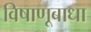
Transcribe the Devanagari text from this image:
विषाणूबाधा